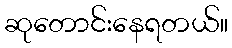
ဆုတောင်းနေရတယ်။